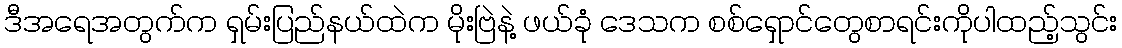
ဒီအရေအတွက်က ရှမ်းပြည်နယ်ထဲက မိုးဗြဲနဲ့ ဖယ်ခုံ ဒေသက စစ်ရှောင်တွေစာရင်းကိုပါထည့်သွင်း